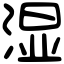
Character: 湿